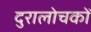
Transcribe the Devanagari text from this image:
दुरालोचकों